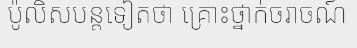
ប៉ូលិសបន្តទៀតថា គ្រោះថ្នាក់ចរាចណ៍